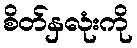
စိတ်နှလုံးကို